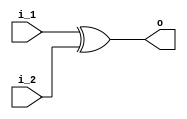
`timescale 1ns / 1ps

module xor_gate(i_1, i_2, o);
    
    input wire i_1;
    input wire i_2;
    
    output wire o;
    
    assign o = i_1 ^ i_2;
endmodule